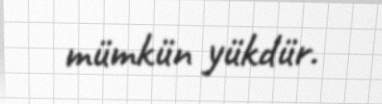
mümkün yükdür.